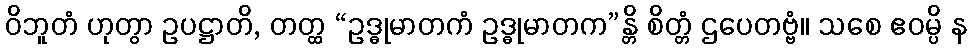
ဝိဘူတံ ဟုတွာ ဥပဋ္ဌာတိ, တတ္ထ “ဥဒ္ဓုမာတကံ ဥဒ္ဓုမာတက”န္တိ စိတ္တံ ဌပေတဗ္ဗံ။ သစေ ဧဝမ္ပိ န